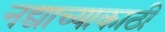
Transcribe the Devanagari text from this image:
नद्याच्याकाठी